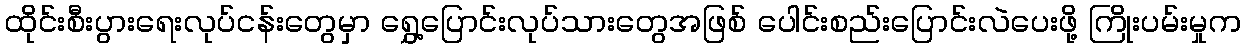
ထိုင်းစီးပွားရေးလုပ်ငန်းတွေမှာ ရွှေ့ပြောင်းလုပ်သားတွေအဖြစ် ပေါင်းစည်းပြောင်းလဲပေးဖို့ ကြိုးပမ်းမှုက